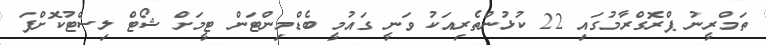
ތަމްރީނު ޕްރޮގްރާމުގައި 22 ކުޅުންތެރިއަކު ވަނީ ގައުމީ ބެޑްމިންޓަން ޓީމަށް ޝޯޓް ލިސްޓުކޮށްފަ